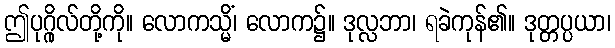
ဤပုဂ္ဂိုလ်တို့ကို။ လောကသ္မိံ၊ လောက၌။ ဒုလ္လဘာ၊ ရခဲကုန်၏။ ဒုတ္တပ္ပယာ၊